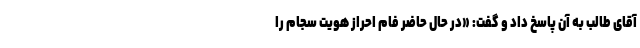
آقای طالب به آن پاسخ داد و گفت: «در حال حاضر فام احراز هویت سجام را